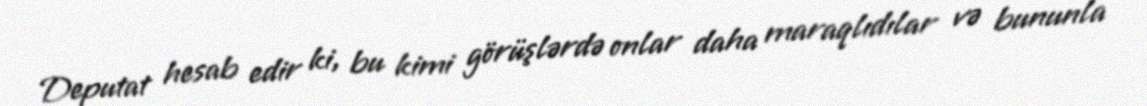
Deputat hesab edir ki, bu kimi görüşlərdə onlar daha maraqlıdılar və bununla